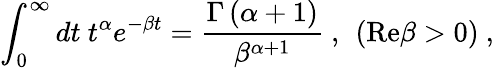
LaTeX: \int_{0}^{\infty}dt\ t^{\alpha}e^{-\beta t}={\frac{\Gamma\left(\alpha+1\right)}{\beta^{\alpha+1}}}\ ,\ \left(\mathrm{Re}\beta>0\right)\ ,